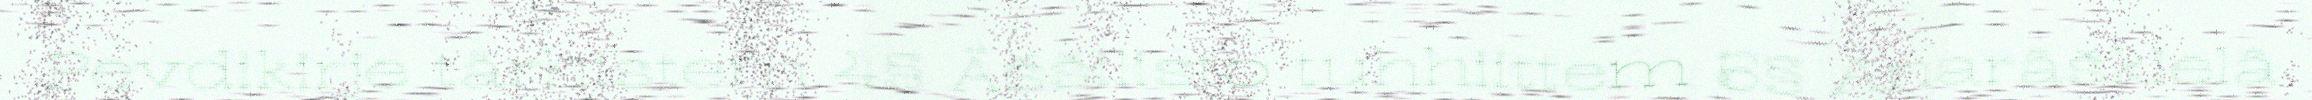
Pevdikirje tärhistem 4§ Äššilisto tuhhiittem 5§ Anarâškielâ